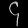
Digit: ၄